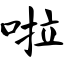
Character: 啦